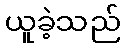
ယူခဲ့သည်